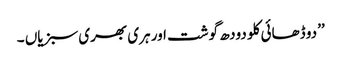
’’دو ڈھائی کلو دودھ گوشت اور ہری بھری سبزیاں ۔